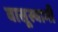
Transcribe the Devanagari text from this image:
वासूस्वामी